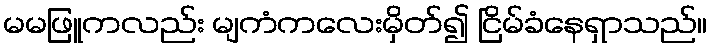
မမဖြူကလည်း မျကံကလေးမှိတ်၍ ငြိမ်ခံနေရှာသည်။